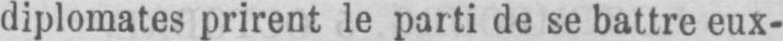
diplomates prirent le parti de se battre eux-